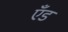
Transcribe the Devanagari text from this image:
एँड